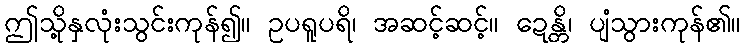
ဤသို့နှလုံးသွင်းကုန်၍။ ဥပရူပရိ၊ အဆင့်ဆင့်။ ဍေန္တိ၊ ပျံသွားကုန်၏။